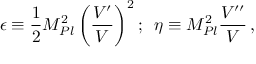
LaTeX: \epsilon \equiv \frac { 1 } { 2 } M _ { P l } ^ { 2 } \left( \frac { V ^ { \prime } } { V } \right) ^ { 2 } ; \, \, \, \eta \equiv M _ { P l } ^ { 2 } { \frac { V ^ { \prime \prime } } { V } } \, ,